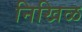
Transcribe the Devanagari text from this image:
निखिळ